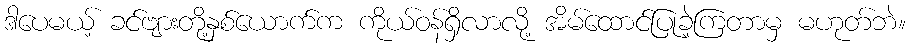
ဒါပေမယ့် ခင်ဗျားတို့နှစ်ယောက်က ကိုယ်ဝန်ရှိလာလို့ အိမ်ထောင်ပြုခဲ့ကြတာမှ မဟုတ်ဘဲ။